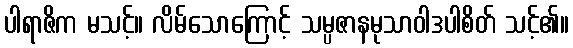
ပါရာဇိက မသင့်။ လိမ်သောကြောင့် သမ္ပဇာနမုသာဝါဒပါစိတ် သင့်၏။